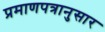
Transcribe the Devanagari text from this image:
प्रमाणपत्रानुसार